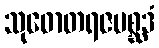
သုဓောတရဇပစ္ဆဒံ